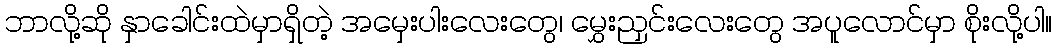
ဘာလို့ဆို နှာခေါင်းထဲမှာရှိတဲ့ အမှေးပါးလေးတွေ၊ မွှေးညှင်းလေးတွေ အပူလောင်မှာ စိုးလို့ပါ။